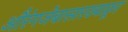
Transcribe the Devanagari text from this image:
औरंगजेबासारख्याक्रूर